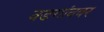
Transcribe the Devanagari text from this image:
वडगांववर